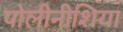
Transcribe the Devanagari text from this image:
पोलीनीशिया